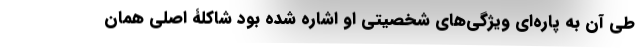
طی آن به پاره‌ای ویژگی‌های شخصیتی او اشاره شده بود شاکلۀ اصلی همان